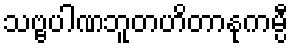
သဗ္ဗပါဏဘူတဟိတာနုကမ္ပီ